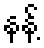
နန့်